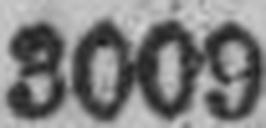
3009